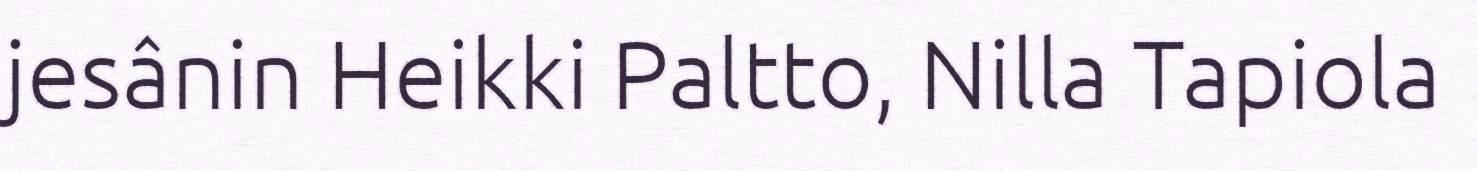
jesânin Heikki Paltto, Nilla Tapiola